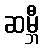
ဆမ္ဘီ